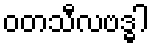
ဝတသီလဗဒ္ဓါ